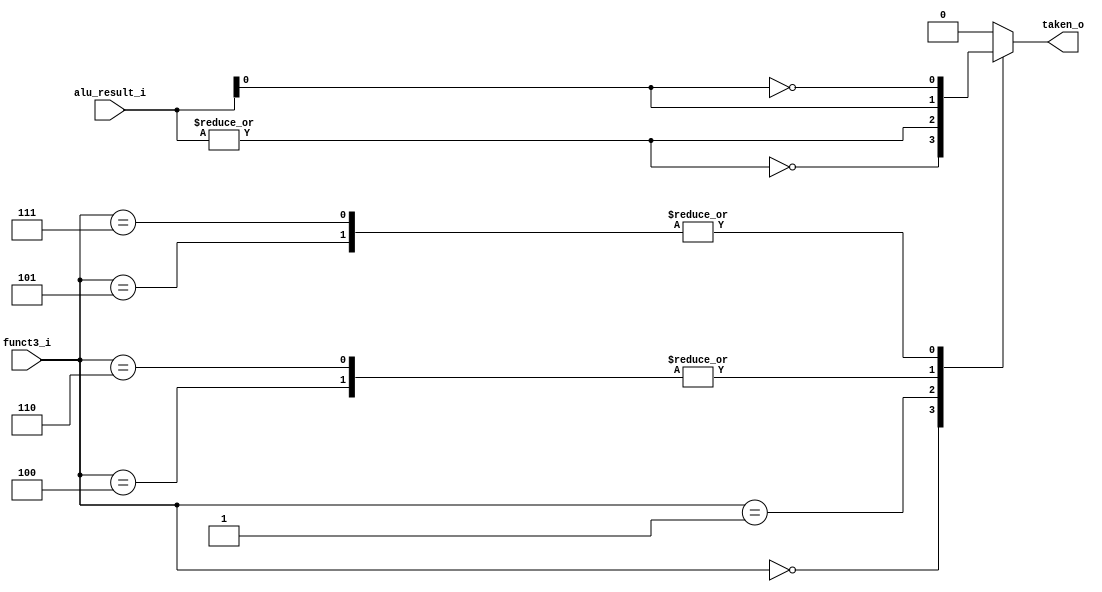
//-------------------------------------------------------------------
//
//  COPYRIGHT (C) 2023, devin
//  balddonkey@outlook.com
//
//-------------------------------------------------------------------
// Title       : rv_branch_test.V
// Editor      : VIM
// Created     :
// Description : Immediate generation.
//
// $Id$
//-------------------------------------------------------------------

`timescale 1ns / 1ps

module rv_branch_test(
    input       [63:0]  alu_result_i,
    input       [2:0]   funct3_i,
    output  reg         taken_o
);

wire zero;

//------------------------ PROCESS ------------------------//

assign zero = ~(|alu_result_i);

always @(funct3_i, alu_result_i) begin
    case(funct3_i)
        3'b000:  taken_o <= zero;            // beq
        3'b001:  taken_o <= ~zero;           // bne
        3'b100:  taken_o <= alu_result_i[0]; // blt
        3'b101:  taken_o <= ~alu_result_i[0];// bge
        3'b110:  taken_o <= alu_result_i[0]; // bltu
        3'b111:  taken_o <= ~alu_result_i[0];// bgeu
        default: taken_o <= 1'b0;
    endcase
end


endmodule